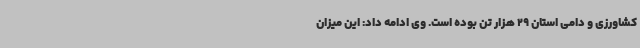
کشاورزی و دامی استان 29 هزار تن بوده است. وی ادامه داد: این میزان